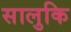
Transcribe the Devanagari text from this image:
सालुकि